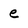
Character: e